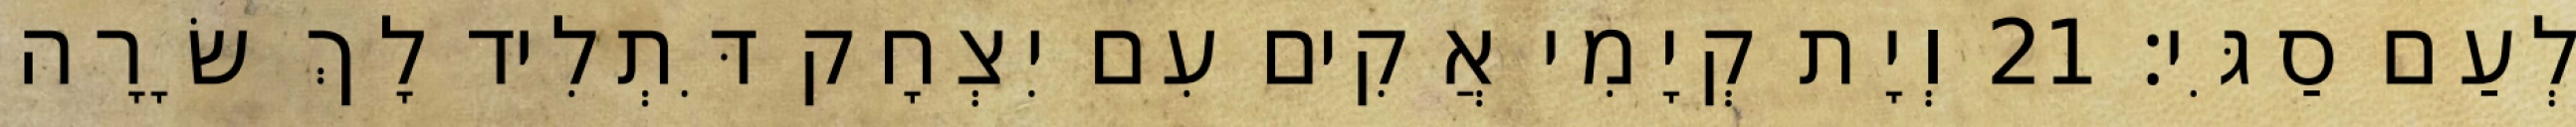
לְעַם סַגִּי׃ 21 וְיָת קְיָמִי אֲקִים עִם יִצְחָק דִּתְלִיד לָךְ שָׂרָה